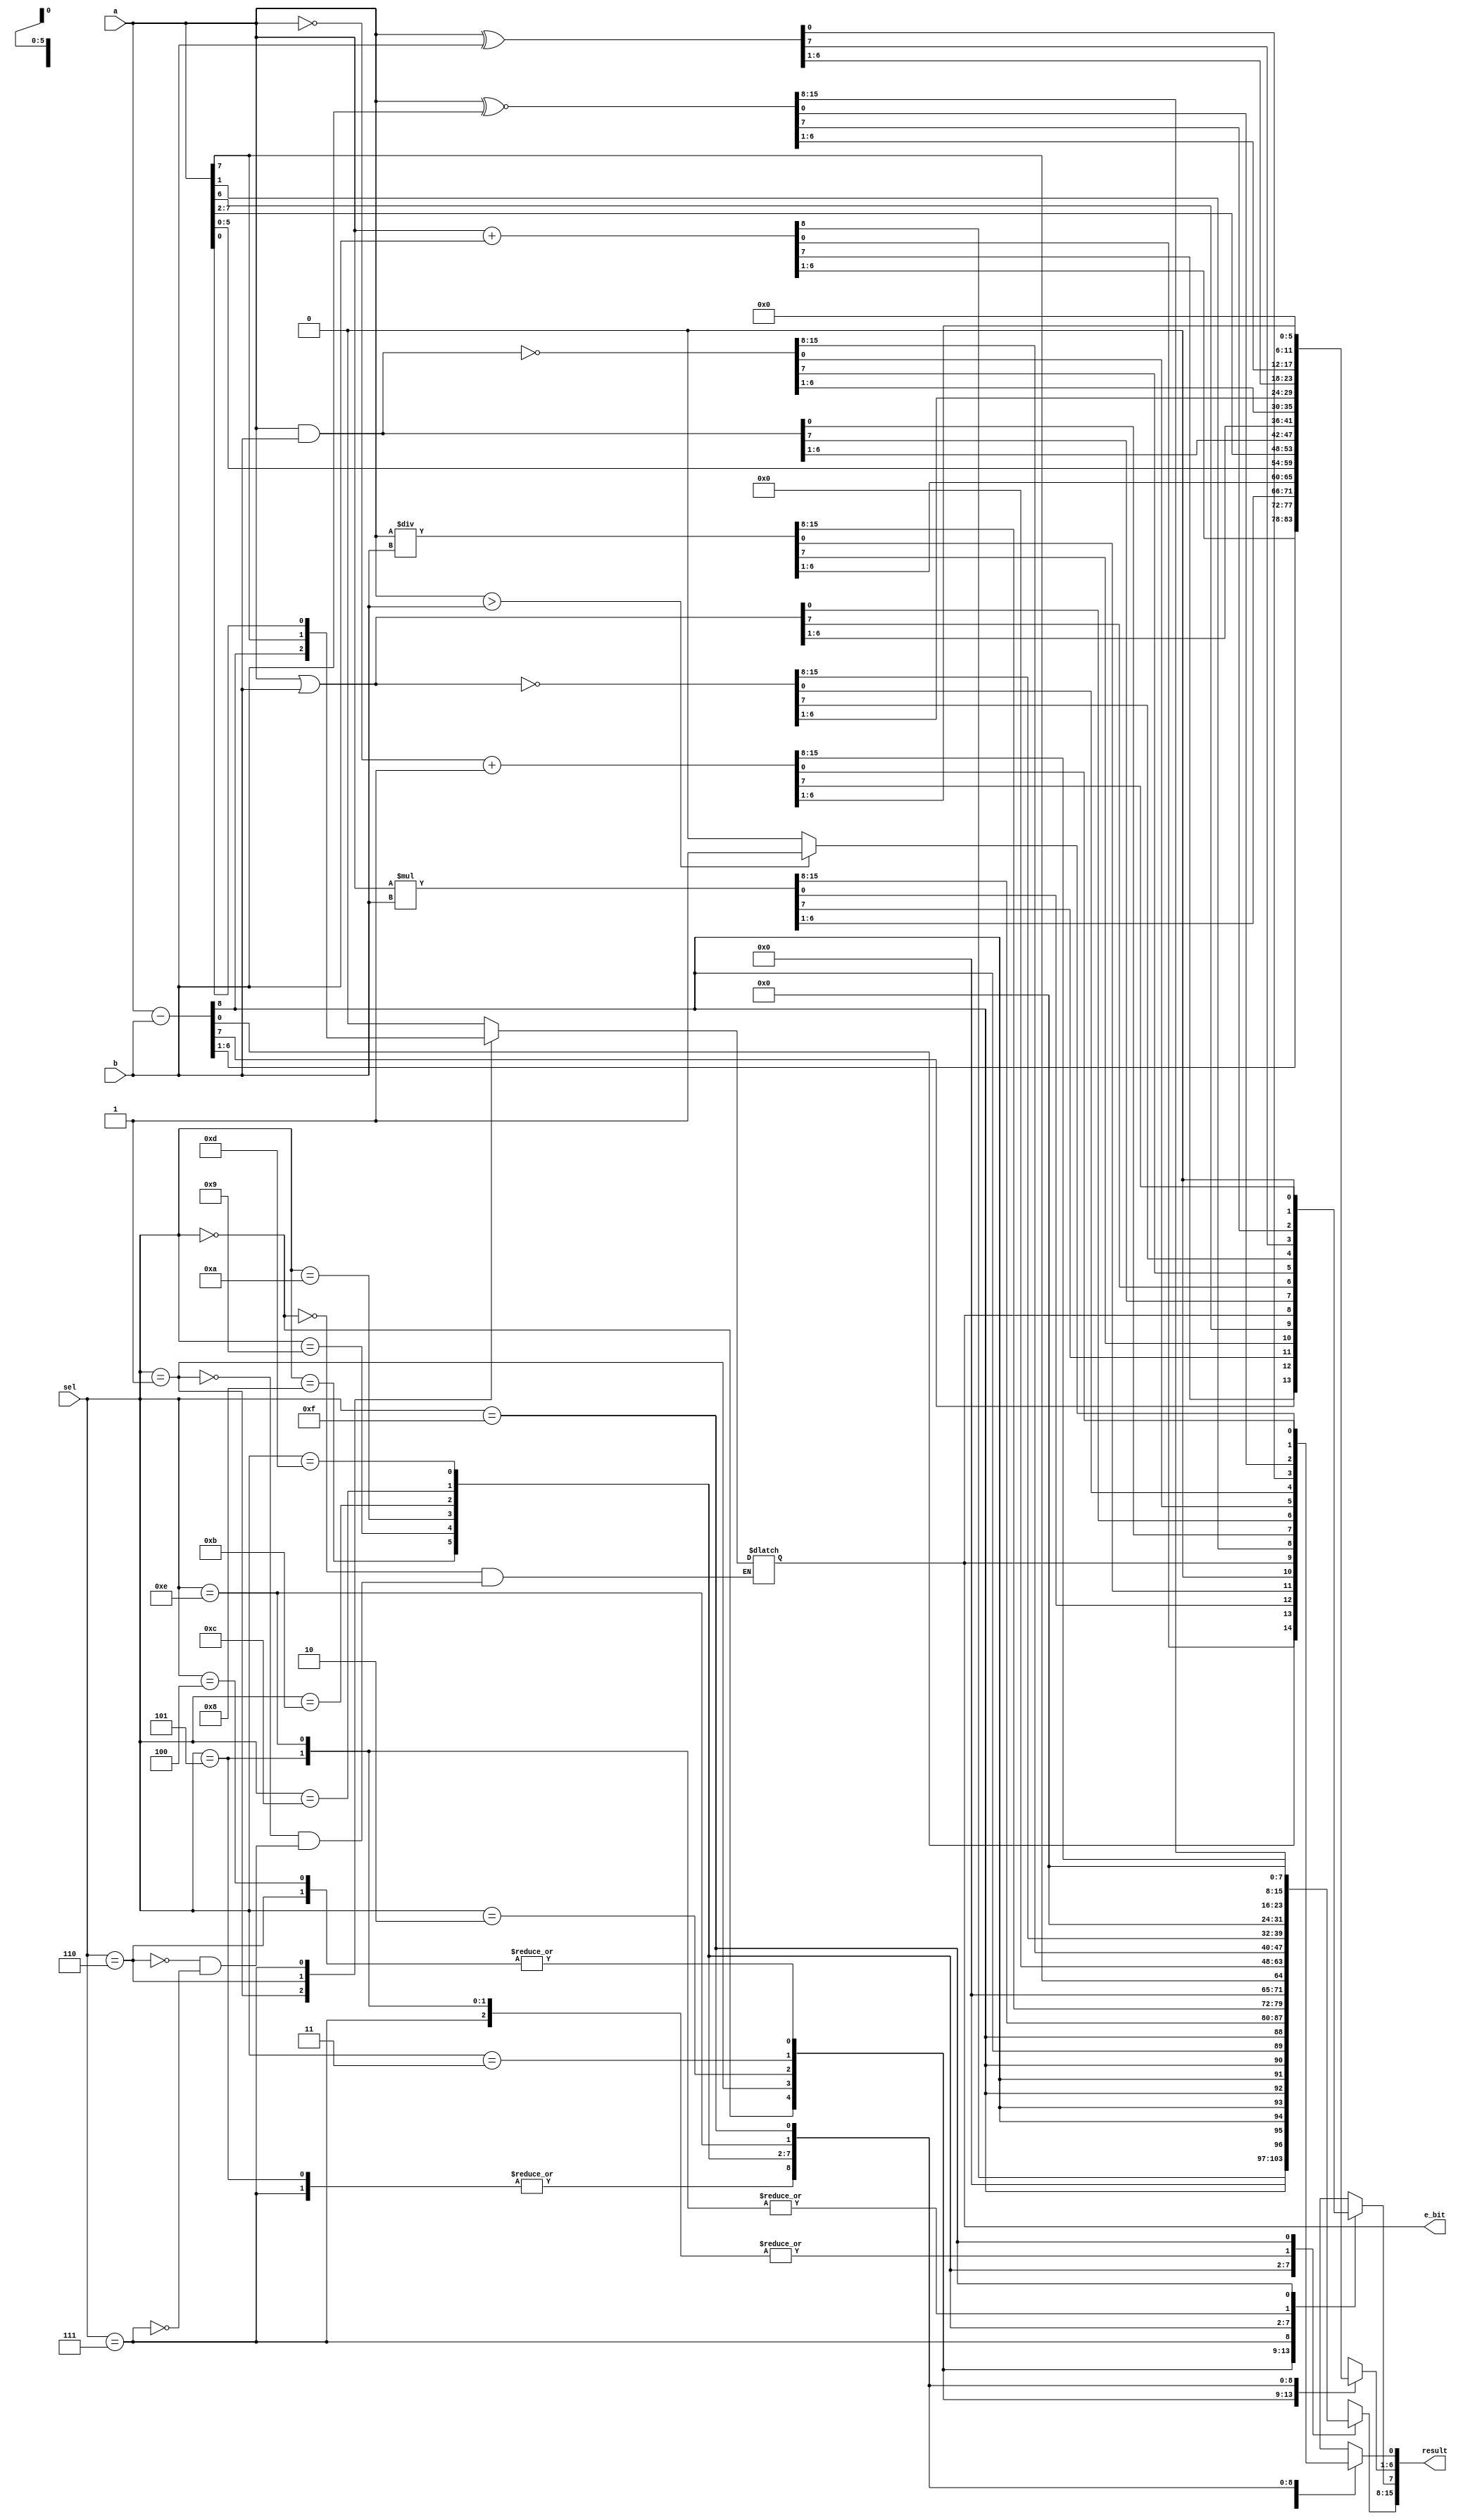
`timescale 1ns / 1ps

module ALU(
		input [7:0] a,b,
		input [3:0] sel,
		output reg [15:0] result,
		output reg e_bit
		);

always@(*)
begin
	case(sel)
	
	4'b0000: begin   {e_bit,result}<= a+b;       $display("1-Addition operation");        end
	
	4'b0001: begin   {e_bit,result}<= a-b;       $display("2-Subtraction operation");     end
	
	4'b0010: begin   result<= a*b;               $display("3-Multiplication operation");  end
	
	4'b0011: begin   result<= a/b;               $display("4-Division operation"); 	      end
	
	4'b0100: begin   result<=a<<1;               $display("5-Left Shift operation");      end
	
	4'b0101: begin   result<=a>>1;               $display("6-Right Shift operation");     end
	
	4'b0110: begin   result<=a<<1; e_bit <=a[7];	 
	                 result[0]<=e_bit;           $display("7-Left Rotation operation");   end
	
	4'b0111: begin   result<=a>>1; e_bit <=a[0];  
			         result[7]<=e_bit;           $display("8-Right Rotation operation");  end
	
	4'b1000 : begin  result <= a&b;              $display("9-AND operation");             end
	
	4'b1001 : begin  result <= a|b;              $display("10-OR operation");             end
	
	4'b1010 : begin  result <= ~(a&b);           $display("11-NAND operation");           end
	
	4'b1011 : begin  result <= ~(a|b);           $display("12-NOR operation");            end
	
	4'b1100 : begin  result <= a ^ b;            $display("13-XOR operation");            end
	
	4'b1101 : begin  result <= a ~^ b;           $display("14-XNOR operation");           end
	
	4'b1110 : begin  result <= (a>b)? 1'b1:1'b0; $display("15-Equality operation");       end
	
	4'b1111 : begin  result <= ~a + 8'b00000001; $display("16-2's Compliment operation"); end 
	
	endcase
end

endmodule